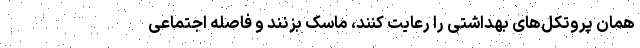
همان پروتکل‌های بهداشتی را رعایت کنند، ماسک بزنند و فاصله اجتماعی